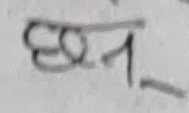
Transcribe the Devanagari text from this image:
छन्